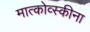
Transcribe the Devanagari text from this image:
मात्कोव्स्कीना